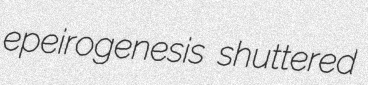
epeirogenesis shuttered